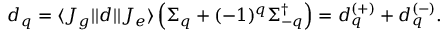
d _ { q } = \langle J _ { g } | | d | | J _ { e } \rangle \left( \Sigma _ { q } + ( - 1 ) ^ { q } \Sigma _ { - q } ^ { \dag } \right) = d _ { q } ^ { ( + ) } + d _ { q } ^ { ( - ) } .